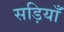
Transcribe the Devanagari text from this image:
सड़ियाँ